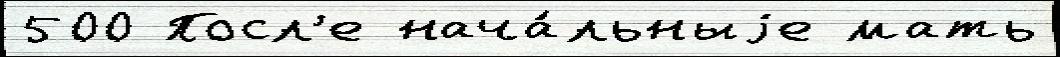
500 Посл'е нача́льныjе мать